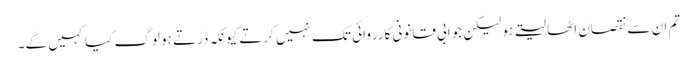
تم ان سے نقصان اٹھا لیتے ہو لیکن جوابی قانونی کارروائی تک نہیں کرتے کیونکہ ڈرتے ہو لوگ کیا کہیں گے۔